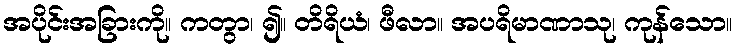
အပိုင်းအခြားကို။ ကတွာ၊ ၍။ တိရိယံ၊ ဖီလာ။ အပရိမာဏာသု၊ ကုန်သော။